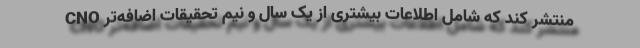
CNO منتشر کند که شامل اطلاعات بیشتری از یک سال و نیم تحقیقات اضافه‌تر